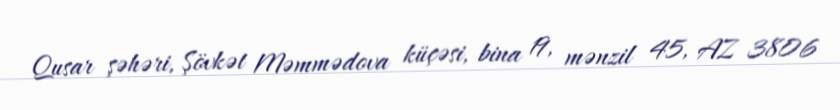
Qusar şəhəri, Şövkət Məmmədova küçəsi, bina 19, mənzil 45, AZ 3806